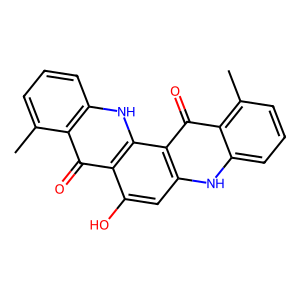
SMILES: Cc1cccc2[nH]c3c(c(O)cc4[nH]c5cccc(C)c5c(=O)c43)c(=O)c12
Inhibits HIV replication: No